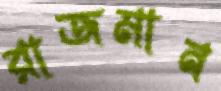
রাজমান